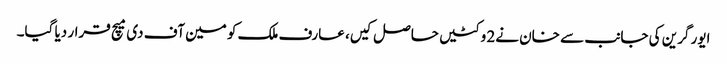
ایور گرین کی جانب سے خان نے2 وکٹیں حاصل کیں، عارف ملک کو مین آف دی میچ قرار دیا گیا۔